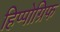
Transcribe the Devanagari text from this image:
हिप्पोग्रिफ